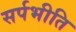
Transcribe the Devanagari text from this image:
सर्पभीति